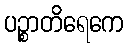
ပဉ္စာတိရေကေ